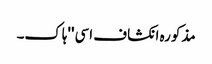
مذکورہ انکشاف اسی ''ہاک۔